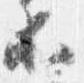
等